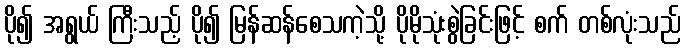
ပို၍ အရွယ် ကြီးသည့် ပို၍ မြန်ဆန်စေသကဲ့သို့ ပိုမိုသုံးစွဲခြင်းဖြင့် စက် တစ်လုံးသည်